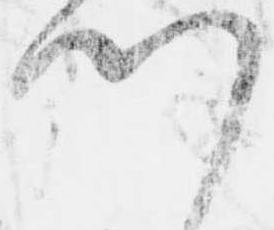
門